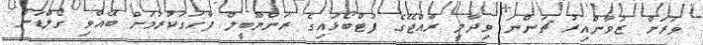
ވަރަށް ޒުވާންއިރު ޗަންނަ ވިދާލީ ރާއްޖޭގެ ފުޓްބޯޅައިގެ ރަންޔޫބީލް ފާހަގަކުރުމަށް ބޭއްވި ގޯލްޑަން